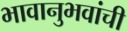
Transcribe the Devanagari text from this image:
भावानुभवांची